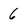
Character: 6